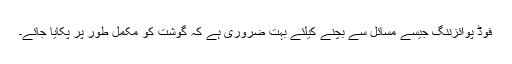
فوڈ پوائزننگ جیسے مسائل سے بچنے کیلئے بہت ضروری ہے کہ گوشت کو مکمل طور پر پکایا جائے۔